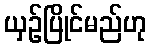
ယှဉ်ပြိုင်မည်ဟု